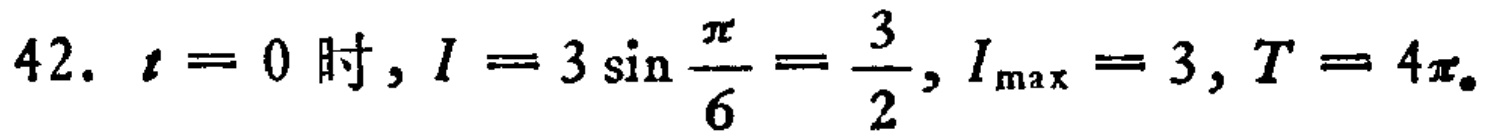
42. \(t = 0\) 时, \(I = 3\sin\frac{\pi}{6}=\frac{3}{2}, I_{\max}=3, T = 4\pi\)。